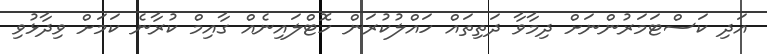
އަދި ކަސްޓަމަރުންނަށް ދިމާވާ ދަތިތައް ހައްލުކުރަން ހޮޓްލައިނެއް ގާއިމް ކުރާނެ ކަމަށް ވިދާޅުވި